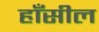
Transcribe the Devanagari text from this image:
हाँसील